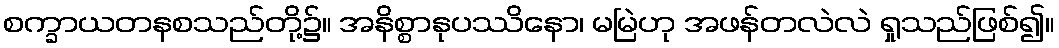
စက္ခာယတနစသည်တို့၌။ အနိစ္စာနုပဿိနော၊ မမြဲဟု အဖန်တလဲလဲ ရှုသည်ဖြစ်၍။